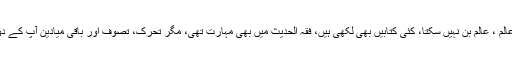
فتح الباری کے بغیر کوئی عالم ، عالم بن نہیں سکتا، کئی کتابیں بھی لکھی ہیں، فقہ الحدیث میں بھی مہارت تھی، مگر تحرک، تصوف اور باقی میادین آپ کے دور کی ضرورت نہیں تھے۔